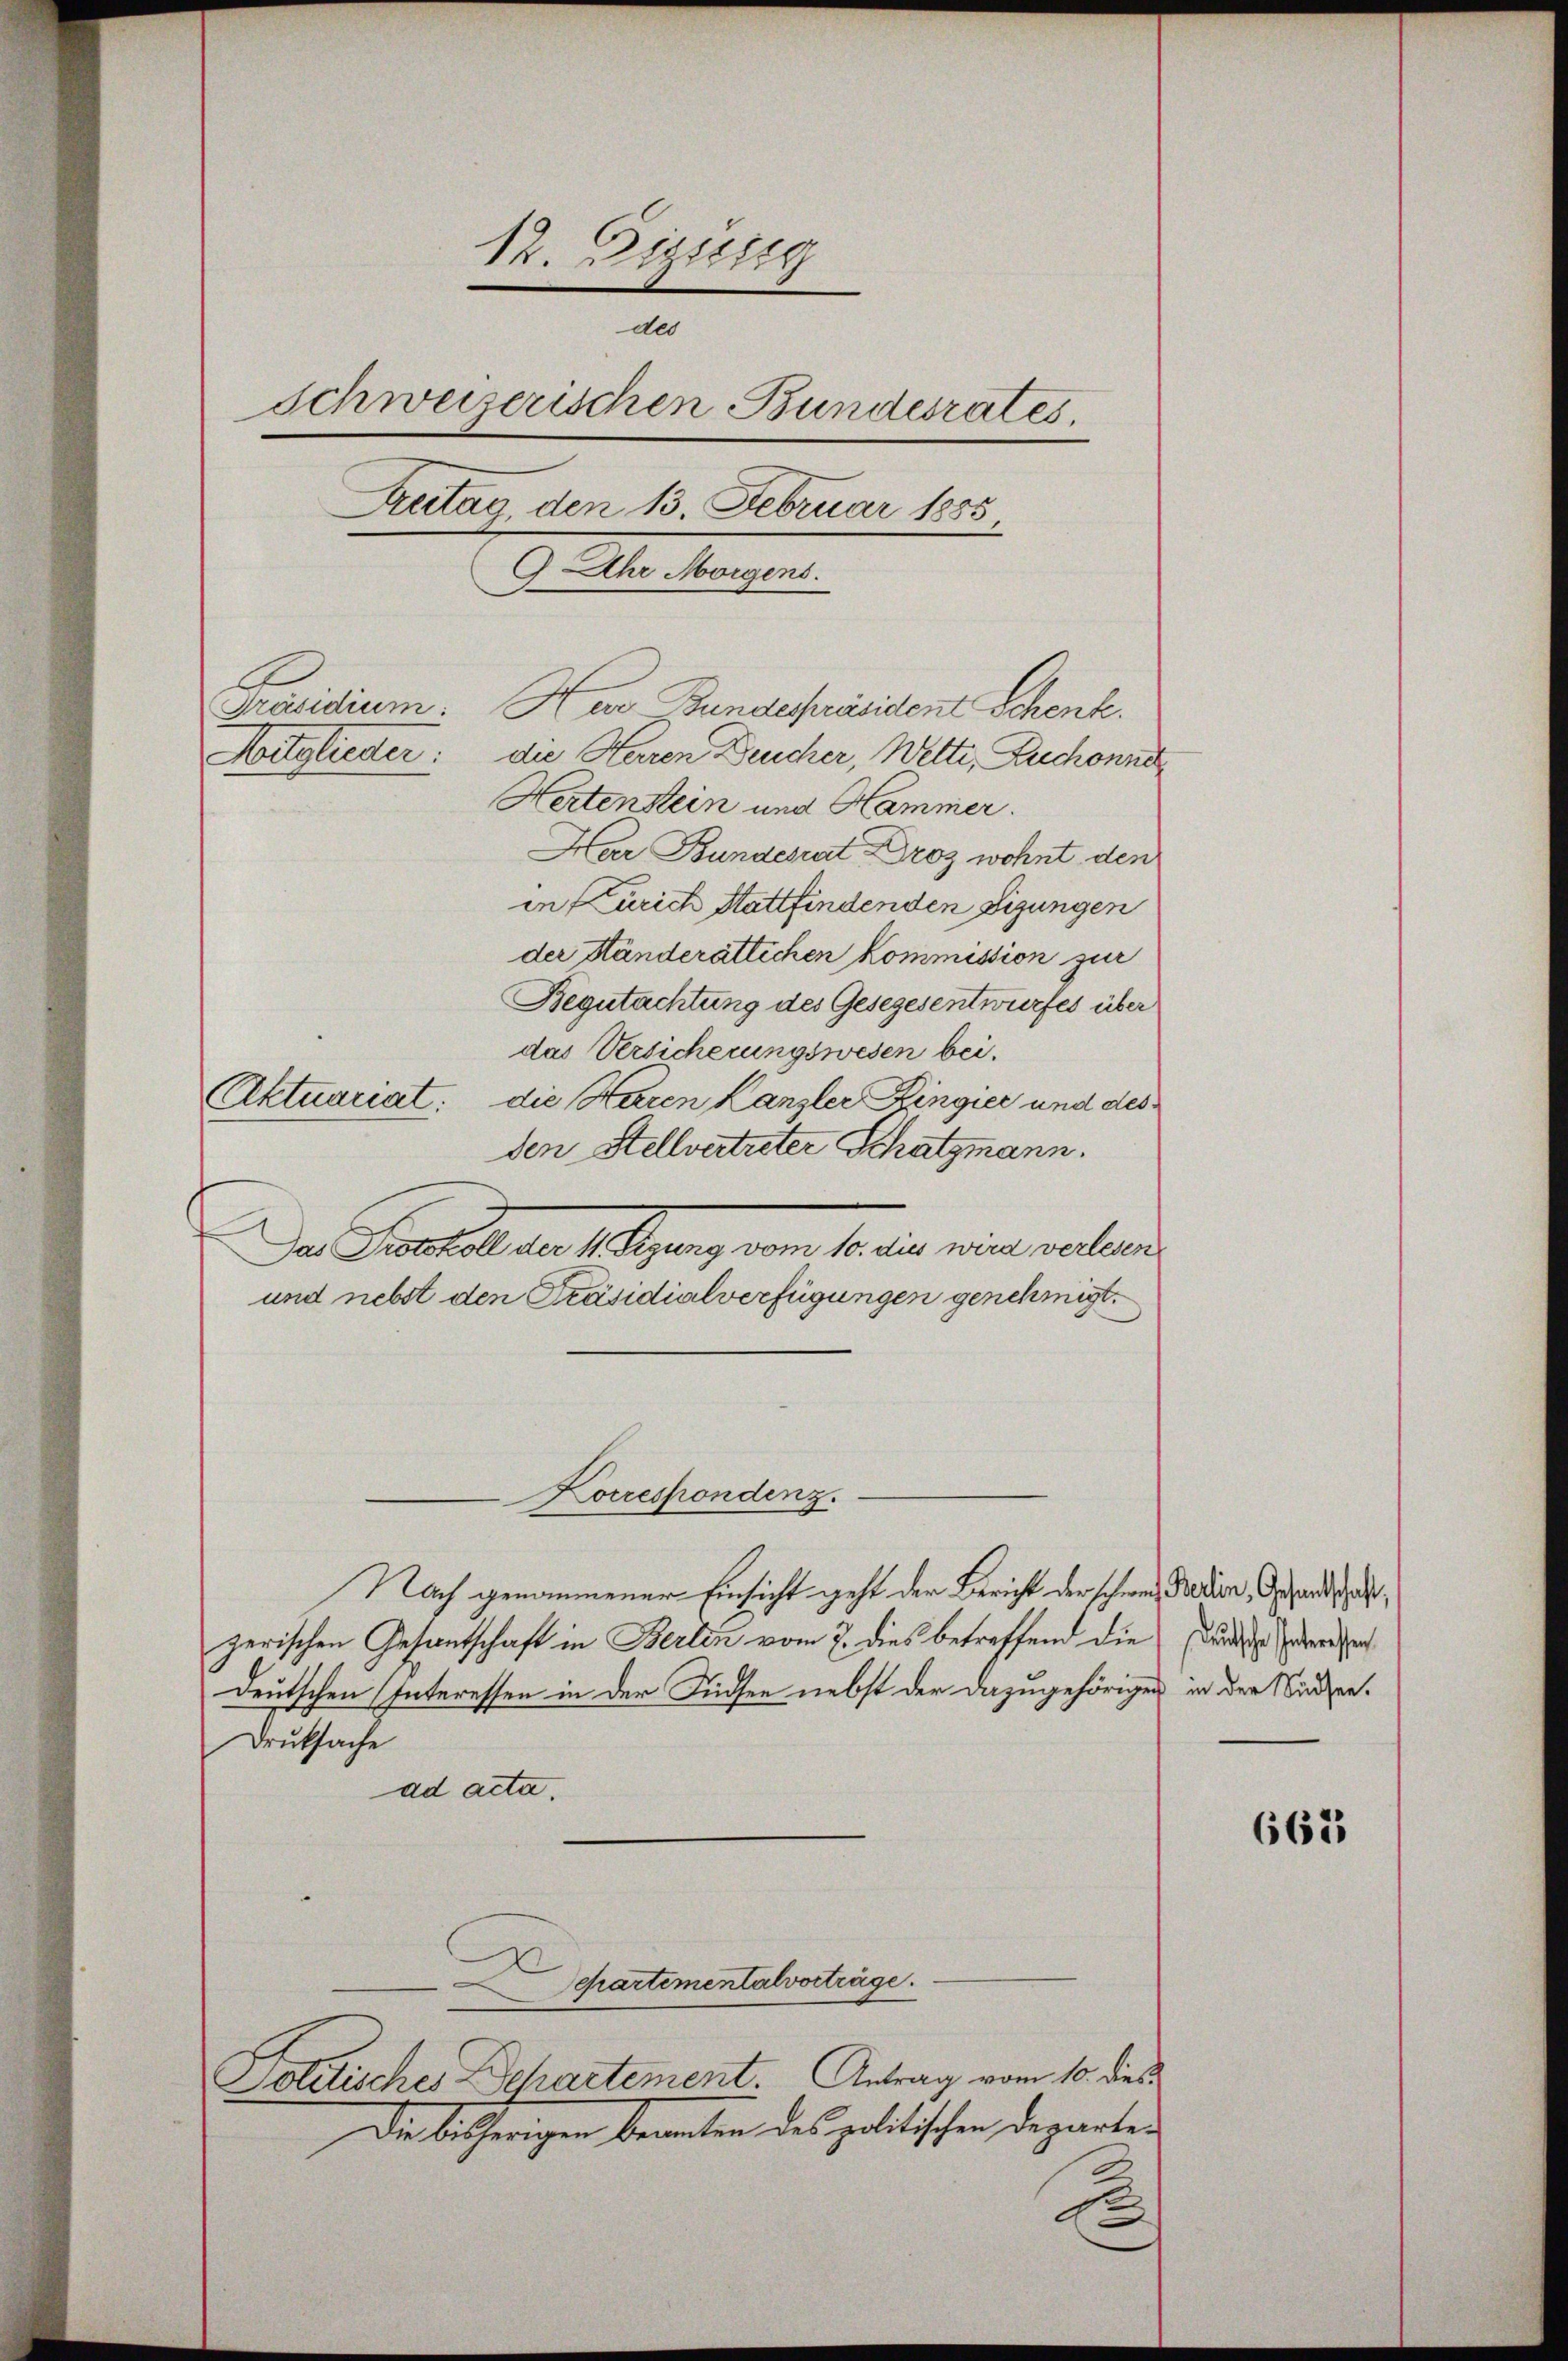
12. Dizissig
des
Schweiserischen Bundesrates.
Antag, den 13. Februar 1885
9 Uhr Morgens.
Präsidium. Her Bundespräsident Schenk.
Witglieder: die Herren Deucher, Wetti, Zuchonne
Hertenstein und Hammer.

Har Bundesrat Droz wohnt den
in Zürich Stattfindenden digungen
der Ständerätlichen Kommission zur
Begutachtung des Gesezesentwurfes über
das Versicherungswesen bei.
Aktuariat: die Heren Kanzler Ringier und des
den Stellvertreter Schatzmann.
Der Bestellen so ganz von so in eine erlan
und nebst den Präsidialverfügungen genehmigt.
Korrespondenz.
Nach genommener Einsicht geht der Bericht der schweiz Radion, Gesandtschaft,
zerischen Gesandschaft in Berlin vom 7. dies betreffend die Bunde Interessen
deutschen Interessen in der Südsee nebst der dazugehörigen in der Nieder¬
Druksache

ad acta.
Schartementalvorträge.
Politisches Departement. Antrag vom 10. dies
Die bisherigen Beamten des politischen Departen

xx

663